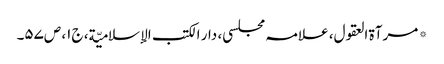
* مرآۃ العقول، علامہ مجلسی، دار الکتب الإسلامیّة، ج۱، ص۵۷۔